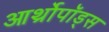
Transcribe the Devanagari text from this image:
आर्थ्रोपॉड्स